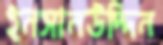
ইনসানউদ্দিন